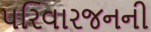
પરિવારજનની